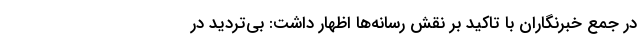
در جمع خبرنگاران با تاکید بر نقش رسانه‌ها اظهار داشت: بی‌تردید در